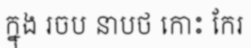
ក្នុង រចប នាបថ កោះ កែរ